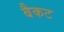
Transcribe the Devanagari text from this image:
बैकट